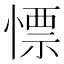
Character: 慓